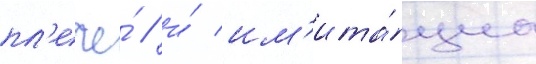
пл'ече́ / и́ им'ита́циа